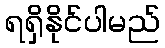
ရရှိနိုင်ပါမည်